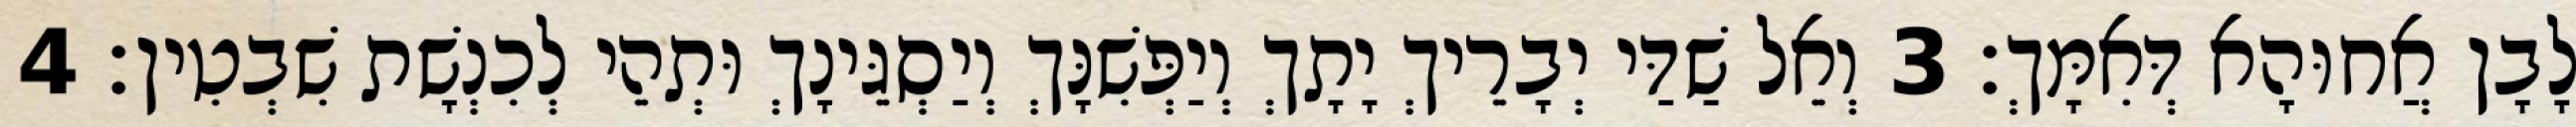
לָבָן אֲחוּהָא דְּאִמָּךְ׃ 3 וְאֵל שַׁדַּי יְבָרֵיךְ יָתָךְ וְיַפְּשִׁנָּךְ וְיַסְגֵּינָךְ וּתְהֵי לְכִנְשָׁת שִׁבְטִין׃ 4